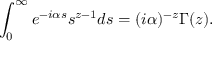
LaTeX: \int _ { 0 } ^ { \infty } e ^ { - i \alpha s } s ^ { z - 1 } d s = ( i \alpha ) ^ { - z } \Gamma ( z ) .